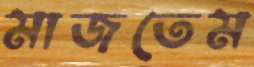
মাজতেম